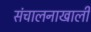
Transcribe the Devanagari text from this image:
संचालनाखाली